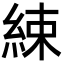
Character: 綀